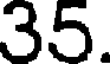
35.